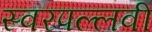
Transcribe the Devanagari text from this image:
स्वरपल्लवी